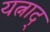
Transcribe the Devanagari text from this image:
यत्नाद्